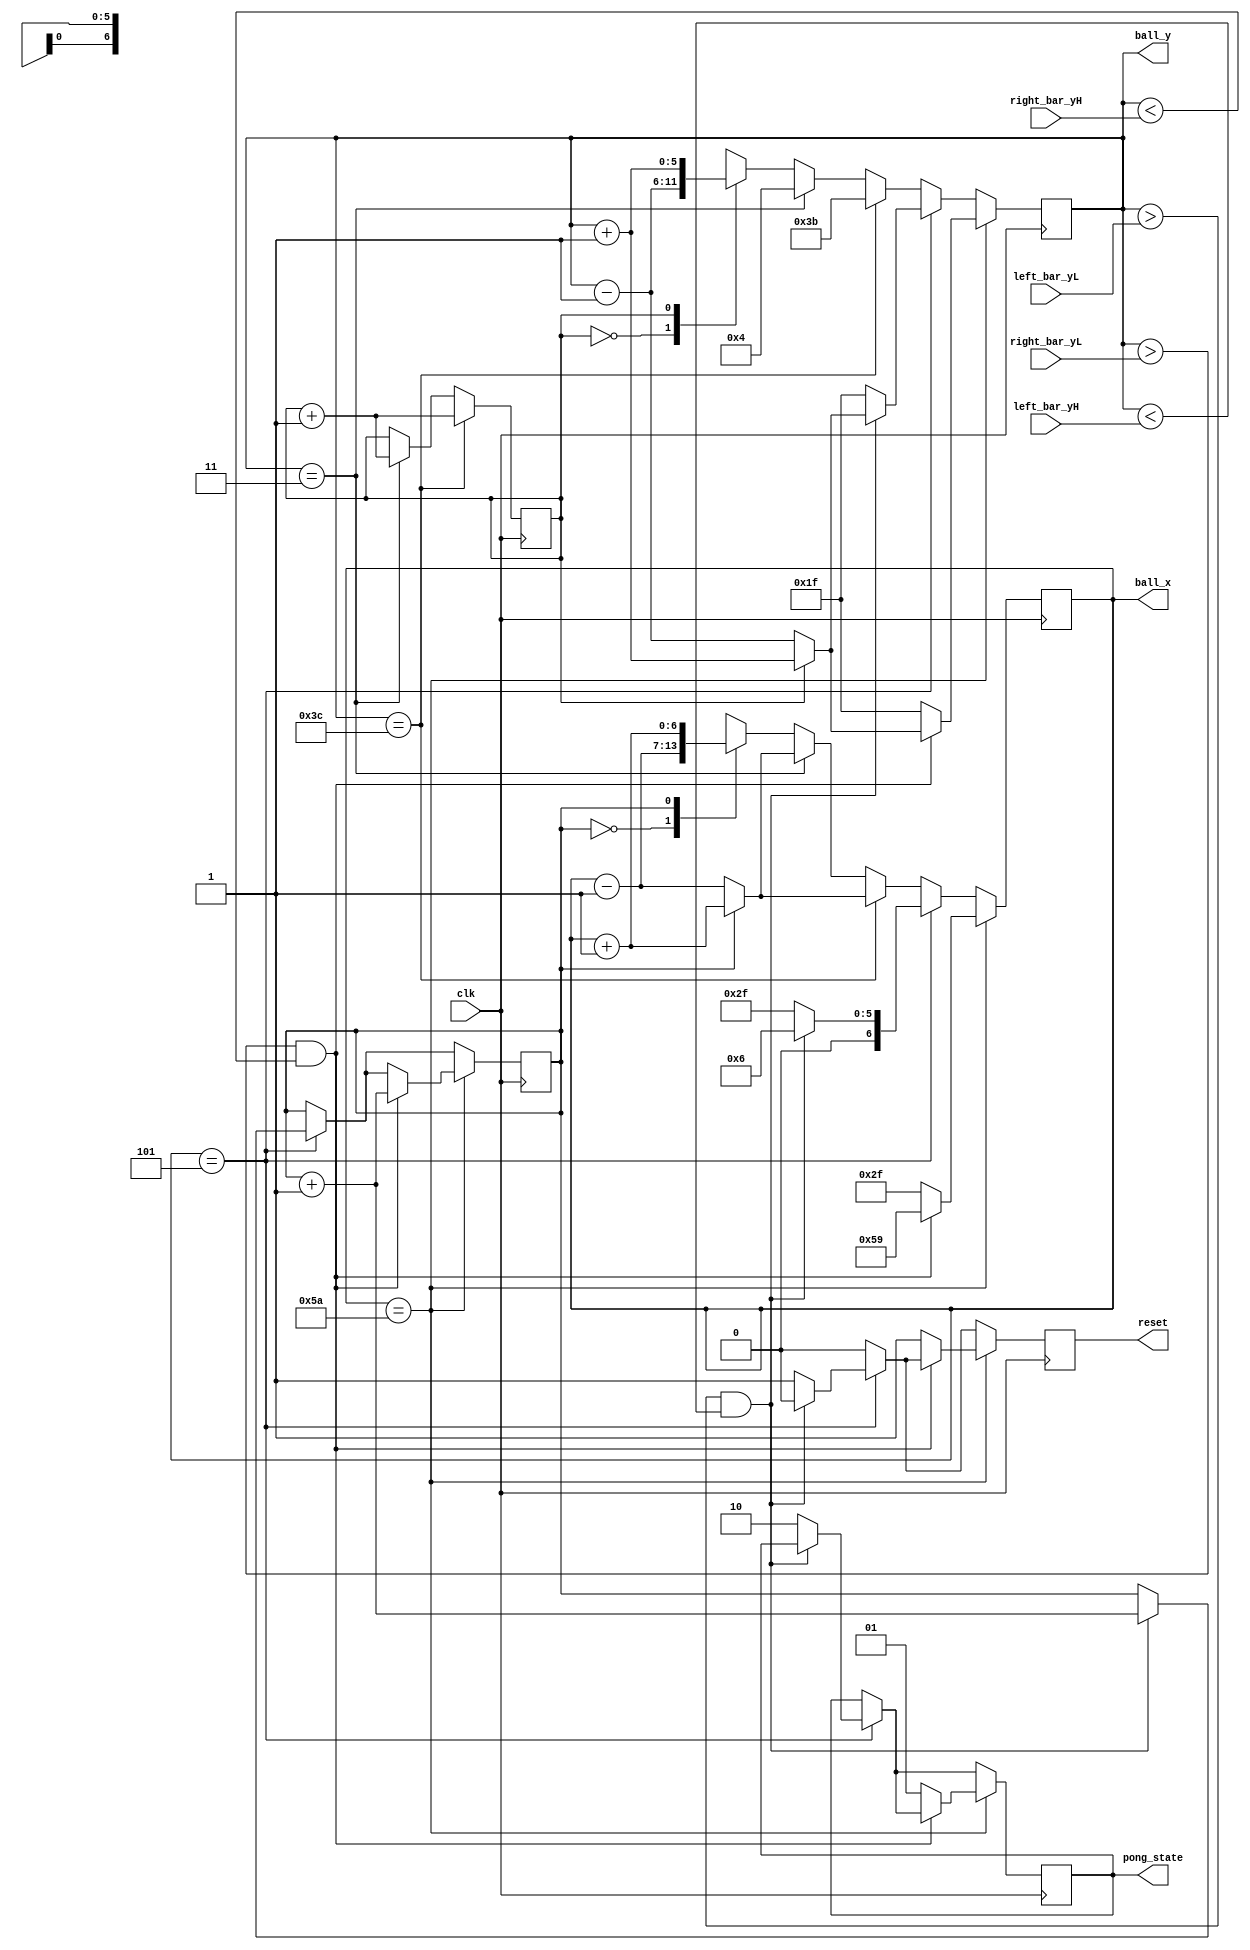
`timescale 1ns / 1ps
//////////////////////////////////////////////////////////////////////////////////
// Company: 
// Engineer: 
// 
// Design Name: 
// Module Name: pong
// Project Name: 
// Target Devices: 
// Tool Versions: 
// Description: 
// 
// Dependencies: 
// 
// Revision:
// Revision 0.01 - File Created
// Additional Comments:
// 
//////////////////////////////////////////////////////////////////////////////////


module pong(
    input [5:0] left_bar_yL,
    input [5:0] left_bar_yH,
    input [5:0] right_bar_yL,
    input [5:0] right_bar_yH,
    input clk,
    output reg reset,
    output reg [6:0] ball_x = 47,
    output reg [5:0] ball_y = 31,
    output reg [1:0] pong_state = 0
    );

    parameter [2:0] left_bar_x = 4;
    parameter [6:0] right_bar_x = 91;
    
    reg x_dirc = 1; // 0 : -1, 1 : +1
    reg y_dirc = 1; // 0 : -1, 1 : +1
    
//    reg stop = 0; // TO BE CHANGED
    
    always @ (posedge clk) begin
        reset <= 0;
        // ball position
        
        case (x_dirc)
            0 : ball_x <= ball_x - 1;
            1 : ball_x <= ball_x + 1;
        endcase
        
        case (y_dirc)
            0 : ball_y <= ball_y - 1;
            1 : ball_y <= ball_y + 1;
        endcase
        
        if (ball_y == 3) begin
            if (x_dirc) begin
                ball_x <= ball_x + 1;
            end
            else begin
                ball_x <= ball_x - 1;
            end
            y_dirc <= y_dirc + 1; // toggle y_dirc
            ball_y <= 4; // 4
        end
        
        if (ball_y == 60) begin
            if (x_dirc) begin
                ball_x <= ball_x + 1;
            end
            else begin
                ball_x <= ball_x - 1;
            end
            y_dirc <= y_dirc + 1; // toggle y_dirc
            ball_y <= 59; // 59
        end
        
        if (ball_x == left_bar_x + 1) begin
            // check left bar
//            if (((ball_y + ((y_dirc) ? 1 : -1)) >= left_bar_yL) &&
//               ((ball_y + ((y_dirc) ? 1 : -1)) <= left_bar_yH))  begin
            if ((ball_y > left_bar_yL) && (ball_y < left_bar_yH))  begin
                if (y_dirc) begin
                    ball_y <= ball_y + 1;
                end
                else begin
                    ball_y <= ball_y - 1;
                end
                x_dirc <= x_dirc + 1; // toggle x_dirc
                ball_x <= 6; // 6
            end
            else begin
                ball_x <= 47;
                ball_y <= 31;
                pong_state <= 2;
                reset <= 1;
            end
        end
        
        if (ball_x == right_bar_x - 1) begin
            // check right bar
//            if (((ball_y + ((y_dirc) ? 1 : -1)) >= left_bar_yL) &&
//               ((ball_y + ((y_dirc) ? 1 : -1)) <= left_bar_yH))  begin
            if ((ball_y > right_bar_yL) && (ball_y < right_bar_yH))  begin
                if (y_dirc) begin
                    ball_y <= ball_y + 1;
                end
                else begin
                    ball_y <= ball_y - 1;
                end
                x_dirc <= x_dirc + 1; // toggle x_dirc
                ball_x <= 89; // 89
            end
            else begin
                ball_x <= 47;
                ball_y <= 31;
                pong_state <= 1;
                reset <= 1; 
            end
        end
    end
    
endmodule